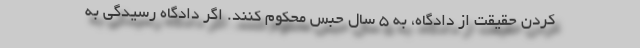
کردن حقیقت از دادگاه، به 5 سال حبس محکوم کنند. اگر دادگاه رسیدگی به